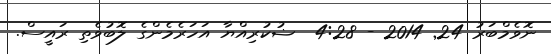
ނޮވެމްބަރު 24